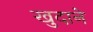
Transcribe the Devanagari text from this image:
खुदाने